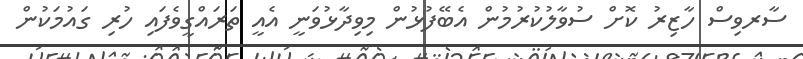
ސާރވިސް ހާޒިރު ކޮށް ސުވާލުކުރުމުން އެބޭފުޅުން މިވިދާޅުވަނީ އެއީ ތަރައްގީވެފައި ހުރި ގައުމަކުން